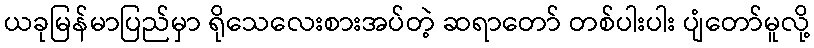
ယခုမြန်မာပြည်မှာ ရိုသေလေးစားအပ်တဲ့ ဆရာတော် တစ်ပါးပါး ပျံတော်မူလို့